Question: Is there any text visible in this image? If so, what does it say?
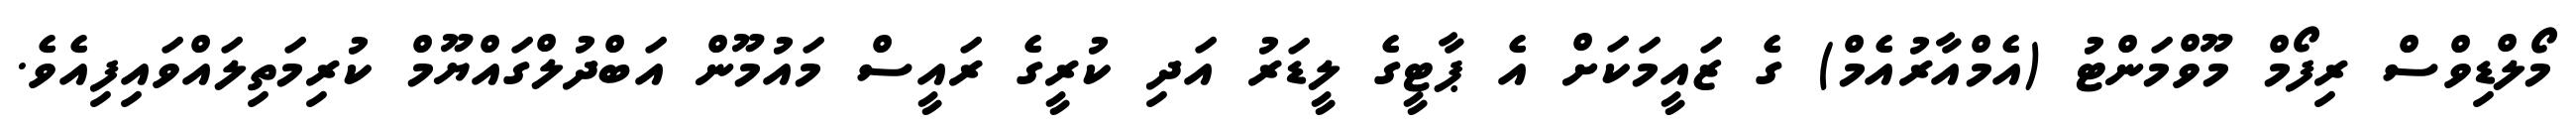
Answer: މޯލްޑިވްސް ރިފޯމް މޫވްމަންޓު (އެމްއާރުއެމް) ގެ ޒައީމަކަށް އެ ޕާޓީގެ ލީޑަރު އަދި ކުރީގެ ރައީސް މައުމޫން އަބްދުލްގައްޔޫމް ކުރިމަތިލައްވައިފިއެވެ.